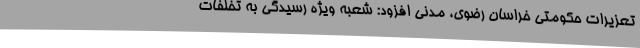
تعزیرات حکومتی خراسان رضوی، مدنی افزود: شعبه ویژه رسیدگی به تخلفات